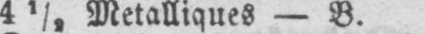
4½ Metalliques - B.